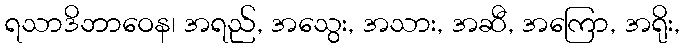
ရသာဒိဘာဝေန၊ အရည်, အသွေး, အသား, အဆီ, အကြော, အရိုး,